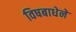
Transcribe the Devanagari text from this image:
विषबाधेने